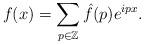
LaTeX: \begin{align*}f(x)=\sum_{p\in\mathbb{Z}}\hat{f}(p)e^{ipx}.\end{align*}